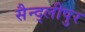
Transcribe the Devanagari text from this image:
सैन्द्लीपुर